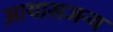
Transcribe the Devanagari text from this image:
आयासजन्य